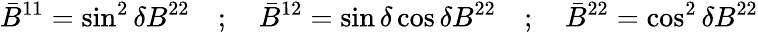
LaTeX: {\bar{B}}^{11}=\sin^{2}\delta B^{22}\quad;\quad{\bar{B}}^{12}=\sin\delta\cos\delta B^{22}\quad;\quad{\bar{B}}^{22}=\cos^{2}\delta B^{22}